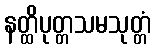
နတ္ထိပုတ္တသမသုတ္တံ